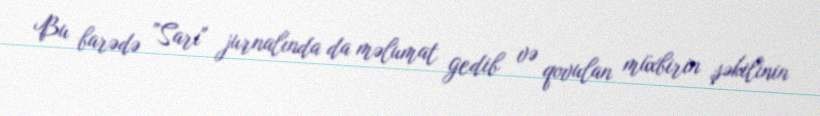
Bu barədə ”Sarı" jurnalında da məlumat gedib və qovulan müxbirin şəkilinin